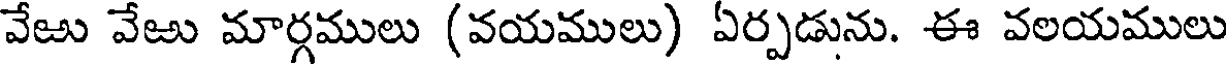
వేజు వేజు మార్గములు (వయములు) ఏర్పడును. ఈ వలయములు